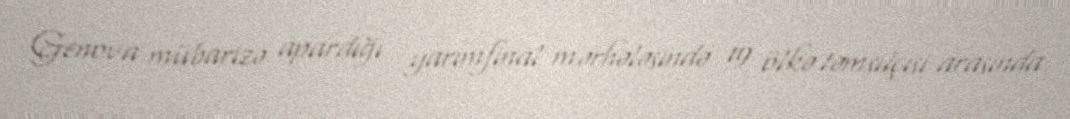
Genova mübarizə apardığı yarımfinal mərhələsində 19 ölkə təmsilçisi arasında